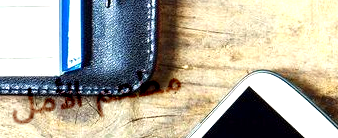
مطعم الأمل